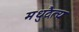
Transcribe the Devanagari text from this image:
मधुदैत्य